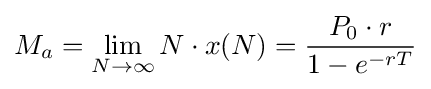
M_{a}=\lim _{N\to \infty }N\cdot x(N)={\frac {P_{0}\cdot r}{1-e^{-rT}}}